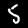
Digit: 5